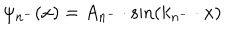
\psi _ { n ^ { - } } ( x ) = A _ { n ^ { - } } \cdot \mathrm { s i n } ( k _ { n ^ { - } } \cdot x )